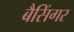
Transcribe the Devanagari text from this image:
बैसिंगर